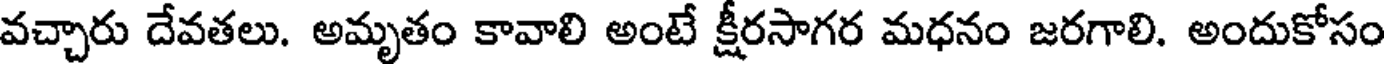
వచ్చారు దేవతలు. అమృతం కావాలి అంటే క్షీరసాగర మధనం జరగాలి. అందుకోసం